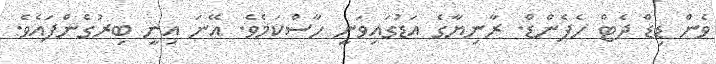
ވެން ޑިޑް ދެޓް ހެޕެންޑް. ރާނިޔާގެ އަޑުގައިވަނީ ހާސްކަމެވެ. އޭނަ އިނީ ބިރުގެންފައެވެ.